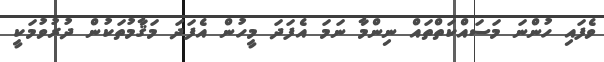
ވެފައި ހުންނަ މަސައްކަތްތައް ނިންމާ ނަމަ އެފަދަ މީހުން އެފަދަ މަޤާމުތަކުން ދުރުވުމަކީ